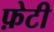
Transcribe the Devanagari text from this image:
फ़ेटी